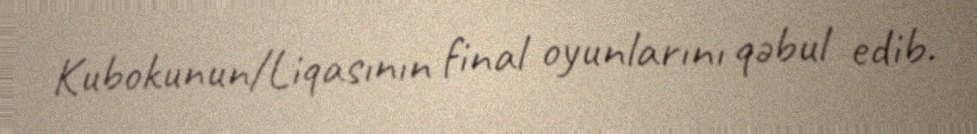
Kubokunun/Liqasının final oyunlarını qəbul edib.